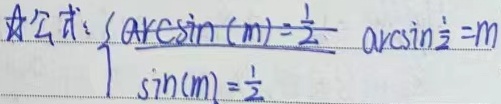
公式：\(\begin{cases}\arcsin (m)=\frac{1}{2} \\ \arcsin\frac{1}{2} = m\\\sin(m)=\frac{1}{2} \end{cases}\)